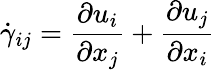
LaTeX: \dot{\gamma}_{ij}=\frac{\partial u_{i}}{\partial x_{j}}+\frac{\partial u_{j}}{\partial x_{i}}